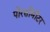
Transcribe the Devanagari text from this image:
पोरसीमीटर